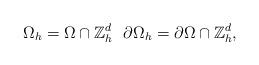
LaTeX: \begin{align*} \Omega_h = \Omega \cap \mathbb{Z}^d_h \ \ \partial \Omega_h = \partial \Omega \cap \mathbb{Z}^d_h,\end{align*}